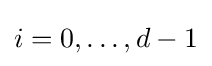
i=0,\dots ,d-1